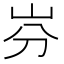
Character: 𡵳